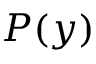
P ( y )